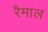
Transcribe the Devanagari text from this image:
रैमाल